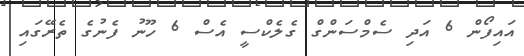
އައިފޯން 6 އަދި ސެމްސަންގް ގެލެކްސީ އެސް 6 ހޫނު ފެނުގެ ތެރޭގައި